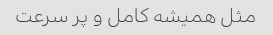
مثل همیشه کامل و پر سرعت